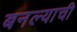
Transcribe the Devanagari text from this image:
बनल्याची